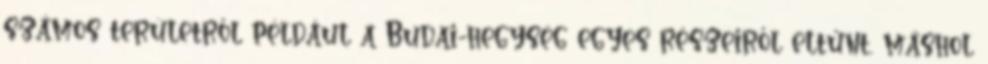
számos területről például a Budai-hegység egyes részeiről eltűnt, máshol